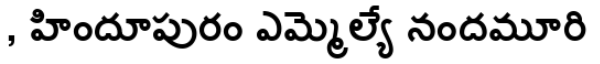
, హిందూపురం ఎమ్మెల్యే నందమూరి